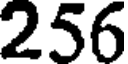
256